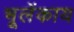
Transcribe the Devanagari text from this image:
भूलेंकाय